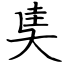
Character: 奊